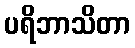
ပရိဘာသိတာ